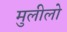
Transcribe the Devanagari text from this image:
मुलीलो